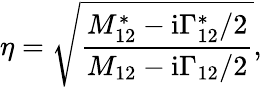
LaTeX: \eta=\sqrt{\frac{M_{12}^{*}-\mathrm{i}\Gamma_{12}^{*}/2}{M_{12}-\mathrm{i}\Gamma_{12}/2}},